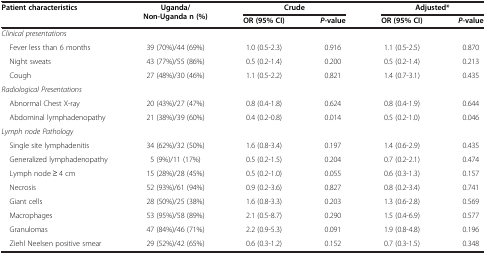
<table><thead><tr><td rowspan="2"><b>Patient characteristics</b></td><td rowspan="2"><b>Uganda/Non-Uganda n (%)</b></td><td colspan="2"><b>Crude</b></td><td colspan="2"><b>Adjusted*</b></td></tr><tr><td><b>OR (95% CI)</b></td><td><b><i>P</i>-value</b></td><td><b>OR (95% CI)</b></td><td><b><i>P</i>-value</b></td></tr></thead><tbody><tr><td><i>Clinical presentations</i></td><td> </td><td> </td><td> </td><td> </td><td> </td></tr><tr><td> Fever less than 6 months</td><td>39 (70%)/44 (69%)</td><td>1.0 (0.5-2.3)</td><td>0.916</td><td>1.1 (0.5-2.5)</td><td>0.870</td></tr><tr><td> Night sweats</td><td>43 (77%)/55 (86%)</td><td>0.5 (0.2-1.4)</td><td>0.200</td><td>0.5 (0.2-1.4)</td><td>0.213</td></tr><tr><td> Cough</td><td>27 (48%)/30 (46%)</td><td>1.1 (0.5-2.2)</td><td>0.821</td><td>1.4 (0.7-3.1)</td><td>0.435</td></tr><tr><td><i>Radiological Presentations</i></td><td> </td><td> </td><td> </td><td> </td><td> </td></tr><tr><td> Abnormal Chest X-ray</td><td>20 (43%)/27 (47%)</td><td>0.8 (0.4-1.8)</td><td>0.624</td><td>0.8 (0.4-1.9)</td><td>0.644</td></tr><tr><td> Abdominal lymphadenopathy</td><td>21 (38%)/39 (60%)</td><td>0.4 (0.2-0.8)</td><td>0.014</td><td>0.5 (0.2-1.0)</td><td>0.046</td></tr><tr><td><i>Lymph node Pathology</i></td><td> </td><td> </td><td> </td><td> </td><td> </td></tr><tr><td> Single site lymphadenitis</td><td>34 (62%)/32 (50%)</td><td>1.6 (0.8-3.4)</td><td>0.197</td><td>1.4 (0.6-2.9)</td><td>0.435</td></tr><tr><td> Generalized lymphadenopathy</td><td>5 (9%)/11 (17%)</td><td>0.5 (0.2-1.5)</td><td>0.204</td><td>0.7 (0.2-2.1)</td><td>0.474</td></tr><tr><td> Lymph node ≥ 4 cm</td><td>15 (28%)/28 (45%)</td><td>0.5 (0.2-1.0)</td><td>0.055</td><td>0.6 (0.3-1.3)</td><td>0.157</td></tr><tr><td> Necrosis</td><td>52 (93%)/61 (94%)</td><td>0.9 (0.2-3.6)</td><td>0.827</td><td>0.8 (0.2-3.4)</td><td>0.741</td></tr><tr><td> Giant cells</td><td>28 (50%)/25 (38%)</td><td>1.6 (0.8-3.3)</td><td>0.203</td><td>1.3 (0.6-2.8)</td><td>0.569</td></tr><tr><td> Macrophages</td><td>53 (95%)/58 (89%)</td><td>2.1 (0.5-8.7)</td><td>0.290</td><td>1.5 (0.4-6.9)</td><td>0.577</td></tr><tr><td> Granulomas</td><td>47 (84%)/46 (71%)</td><td>2.2 (0.9-5.3)</td><td>0.091</td><td>1.9 (0.8-4.8)</td><td>0.196</td></tr><tr><td> Ziehl Neelsen positive smear</td><td>29 (52%)/42 (65%)</td><td>0.6 (0.3-1.2)</td><td>0.152</td><td>0.7 (0.3-1.5)</td><td>0.348</td></tr></tbody></table>